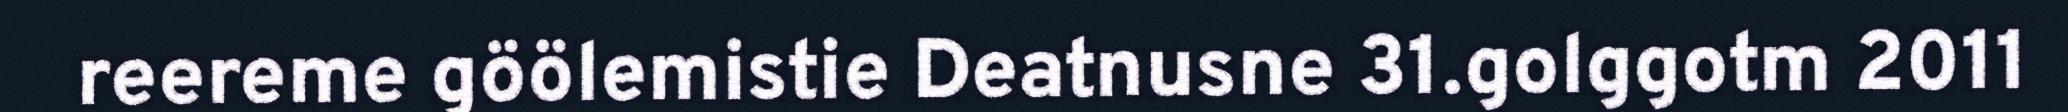
reereme göölemistie Deatnusne 31.golggotm 2011